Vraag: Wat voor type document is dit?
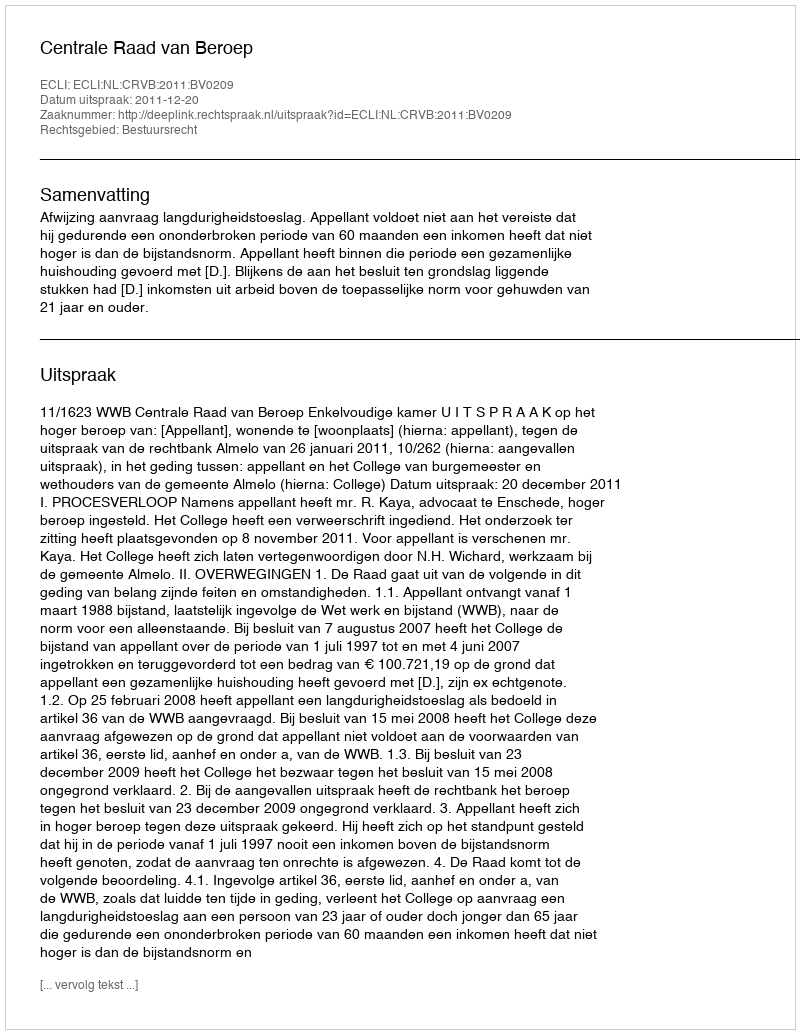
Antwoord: Uitspraak